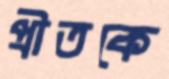
প্রীতকে